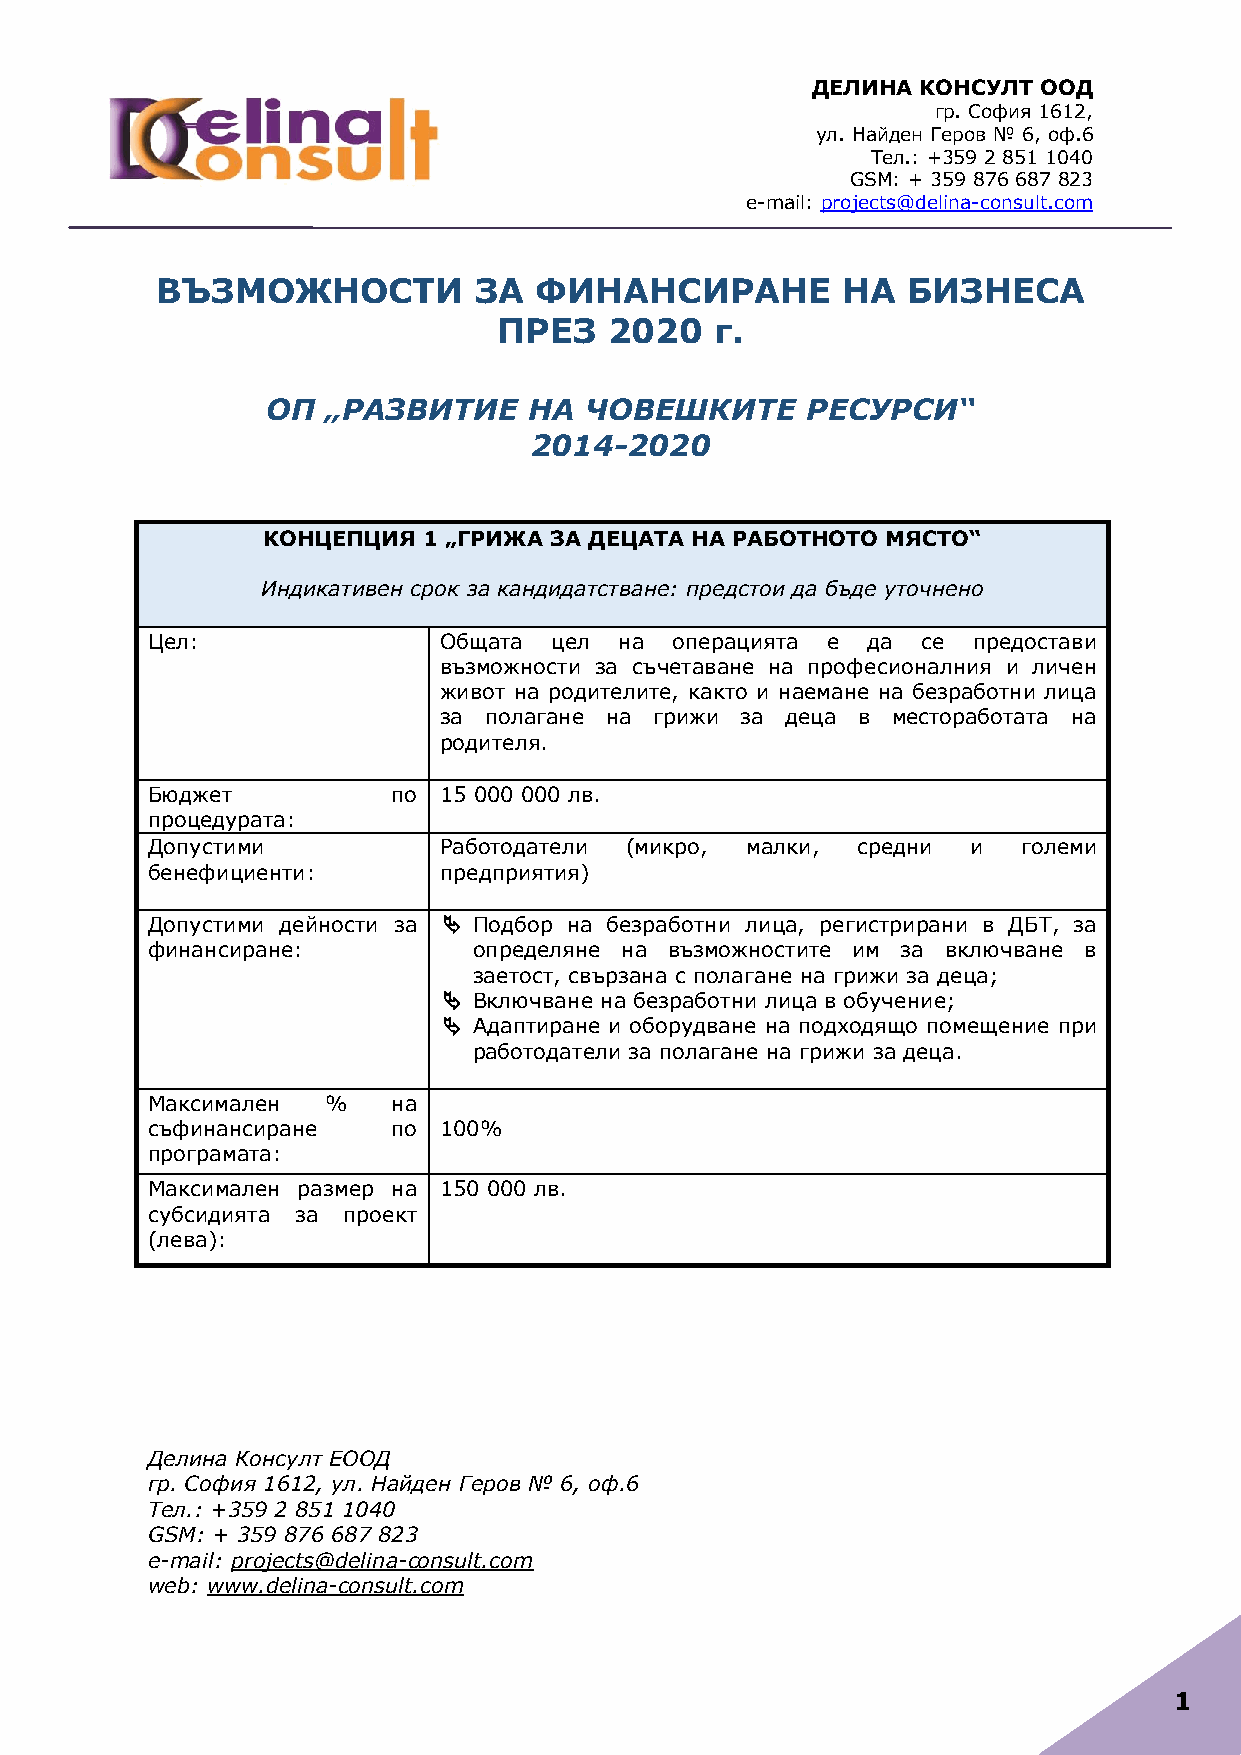
ДЕЛИНА КОНСУЛТ ООД
 гр. София 1612,
 ул. Найден Геров № 6, оф.6
 Тел.: +359 2 851 1040
 GSM: + 359 876 687 823
 e-mail: projects@delina-consult.com
 ВЪЗМОЖНОСТИ          ЗА  ФИНАНСИРАНЕ          НА  БИЗНЕСА
 ПРЕЗ   2020   г.
 ОП  „РАЗВИТИЕ    НА  ЧОВЕШКИТЕ     РЕСУРСИ“
 2014-2020
 КОНЦЕПЦИЯ  1 „ГРИЖА ЗА ДЕЦАТА НА РАБОТНОТО МЯСТО“
 Индикативен срок за кандидатстване: предстои да бъде уточнено
 Цел:               Общата цел  на операцията е да  се предостави
 възможности за съчетаване на професионалния и личен
 живот на родителите, както и наемане на безработни лица
 за полагане на грижи за деца в местоработата на
 родителя.
 Бюджет          по 15 000 000 лв.
 процедурата:
 Допустими          Работодатели (микро, малки, средни и   големи
 бенефициенти:      предприятия)
 Допустими дейности за  Подбор на безработни лица, регистрирани в ДБТ, за
 финансиране:         определяне на възможностите им за включване в
 заетост, свързана с полагане на грижи за деца;
  Включване на безработни лица в обучение;
  Адаптиране и оборудване на подходящо помещение при
 работодатели за полагане на грижи за деца.
 Максимален %    на
 съфинансиране   по 100%
 програмата:
 Максимален размер на 150 000 лв.
 субсидията за проект
 (лева):
 Делина Консулт ЕООД
 гр. София 1612, ул. Найден Геров № 6, оф.6
 Тел.: +359 2 851 1040
 GSM: + 359 876 687 823
 e-mail: projects@delina-consult.com
 web: www.delina-consult.com
 1